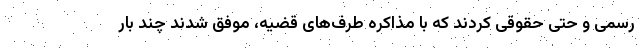
رسمی و حتی حقوقی کردند که با مذاکره طرف‌های قضیه، موفق شدند چند بار